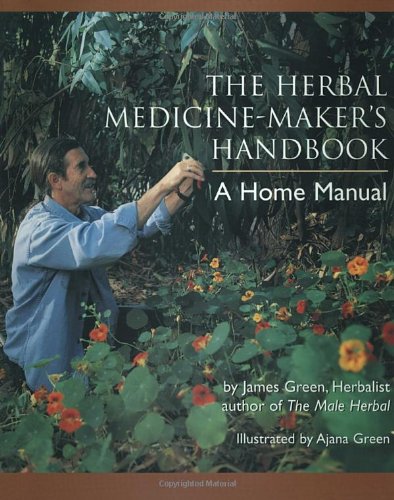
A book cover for The Herbal Medicine-Maker's Handbook: A Home Manual; James Green; Health, Fitness & Dieting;